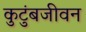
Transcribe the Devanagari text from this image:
कुटुंबजीवन